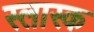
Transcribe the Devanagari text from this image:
स्लास्क